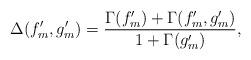
LaTeX: \begin{align*}\Delta(f_m',g_m')=\frac{\Gamma(f_m')+\Gamma(f_m',g_m')}{1+\Gamma(g_m')},\end{align*}